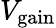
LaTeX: V_{\mathrm{gain}}